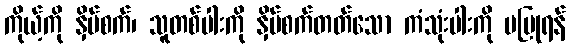
ကိုယ့်ကို နှိပ်စက်၊ သူတစ်ပါးကို နှိပ်စက်တတ်သော ကံသုံးပါးကို မပြုရန်